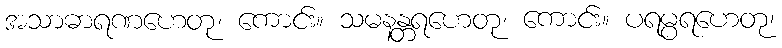
အသာဓာရဏဟေတု၊ ကောင်း။ သမနန္တရဟေတု၊ ကောင်း။ ပရမ္ပရဟေတု၊